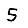
Digit: 5